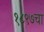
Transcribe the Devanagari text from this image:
१८९७चा